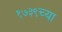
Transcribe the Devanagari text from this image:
१७३९च्या